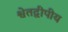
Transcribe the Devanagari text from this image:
श्वेतद्वीपीय